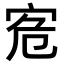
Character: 𡧭